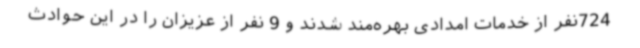
724نفر از خدمات امدادی بهره‌مند شدند و 9 نفر از عزیزان را در این حوادث